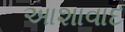
આશાવાદ